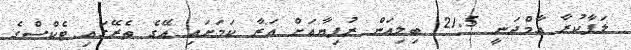
ލަފާކުރާ އާމްދަނީ 21.5 ބިލިއަން ރުފިޔާއަށް އަރާ ކަމަށައި އޭގެ ތެރޭގައި ޓެކްސްގެ